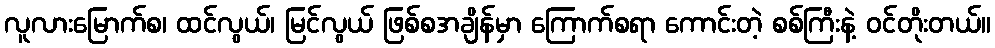
လူလားမြောက်စ၊ ထင်လွယ်၊ မြင်လွယ် ဖြစ်စအချိန်မှာ ကြောက်စရာ ကောင်းတဲ့ စစ်ကြီးနဲ့ ဝင်တိုးတယ်။